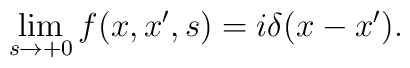
\lim_{s\rightarrow +0}f(x,x',s)=i\delta(x-x').